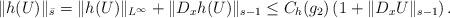
LaTeX: \begin{align*}\|h(U)\|_{\bar{s}}=\|h(U)\|_{L^{\infty}}+\|D_{x}h(U)\|_{s-1}\leq C_{h}(g_{2})\left(1+\|D_{x}U\|_{s-1}\right).\end{align*}